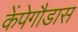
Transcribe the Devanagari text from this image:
केंपेगौडास